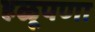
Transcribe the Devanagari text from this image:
हळूपणा